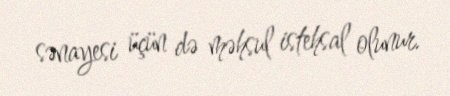
sənayesi üçün də məhsul istehsal olunur.